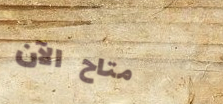
متاح الآن